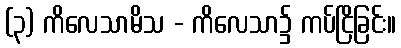
(၃) ကိလေသာမိသ - ကိလေသာ၌ ကပ်ငြိခြင်း။